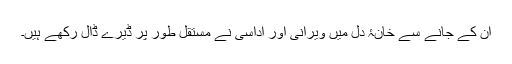
ان کے جانے سے خانۂ دل میں ویرانی اور اداسی نے مستقل طور پر ڈیرے ڈال رکھے ہیں۔